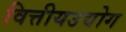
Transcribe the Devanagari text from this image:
वित्तीयउद्योग